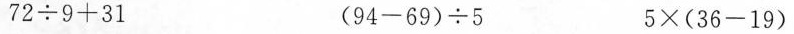
$$72\div 9+31$$ $$(94-69)\div 5$$ $$5\times (36-19)$$